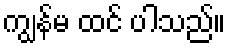
ကျွန်မ ထင် ပါသည်။